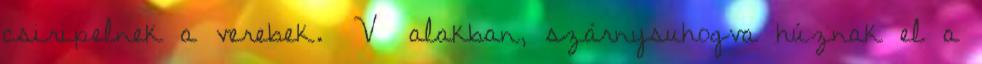
csiripelnek a verebek. V alakban, szárnysuhogva húznak el a